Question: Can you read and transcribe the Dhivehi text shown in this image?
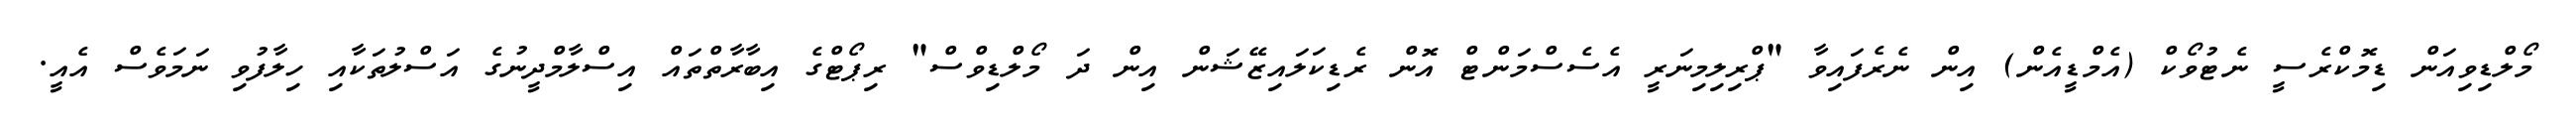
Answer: މޯލްޑިވިއަން ޑިމޮކްރެސީ ނެޓުވޯކް (އެމްޑީއެން) އިން ނެރެފައިވާ "ޕްރިލިމިނަރީ އެސެސްމަންޓް އޮން ރެޑިކަލައިޒޭޝަން އިން ދަ މޯލްޑިވްސް" ރިޕޯޓްގެ އިބާރާތްތައް އިސްލާމްދީނުގެ އަސްލުތަކާއި ހިލާފުވި ނަމަވެސް އެއީ.